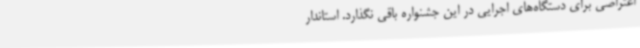
اعتراضی برای دستگاه‌های اجرایی در این جشنواره باقی نگذارد. استاندار